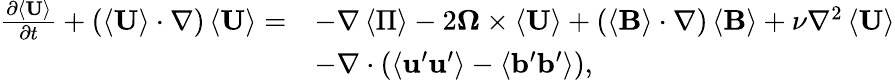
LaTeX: \begin{array}{rl}{\frac{\partial\left\langle\mathbf{U}\right\rangle}{\partial t}+\left(\left\langle\mathbf{U}\right\rangle\cdot\nabla\right)\left\langle\mathbf{U}\right\rangle=}&{-\nabla\left\langle\Pi\right\rangle-2\boldsymbol{\Omega}\times\langle\mathbf{U}\rangle+\left(\left\langle\mathbf{B}\right\rangle\cdot\nabla\right)\left\langle\mathbf{B}\right\rangle+\nu\nabla^{2}\left\langle\mathbf{U}\right\rangle}\\ &{-\nabla\cdot\left(\left\langle\mathbf{u}^{\prime}\mathbf{u}^{\prime}\right\rangle-\left\langle\mathbf{b}^{\prime}\mathbf{b}^{\prime}\right\rangle\right),}\end{array}